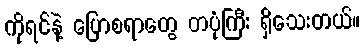
ကိုရင်နဲ့ ပြောစရာတွေ တပုံကြီး ရှိသေးတယ်။